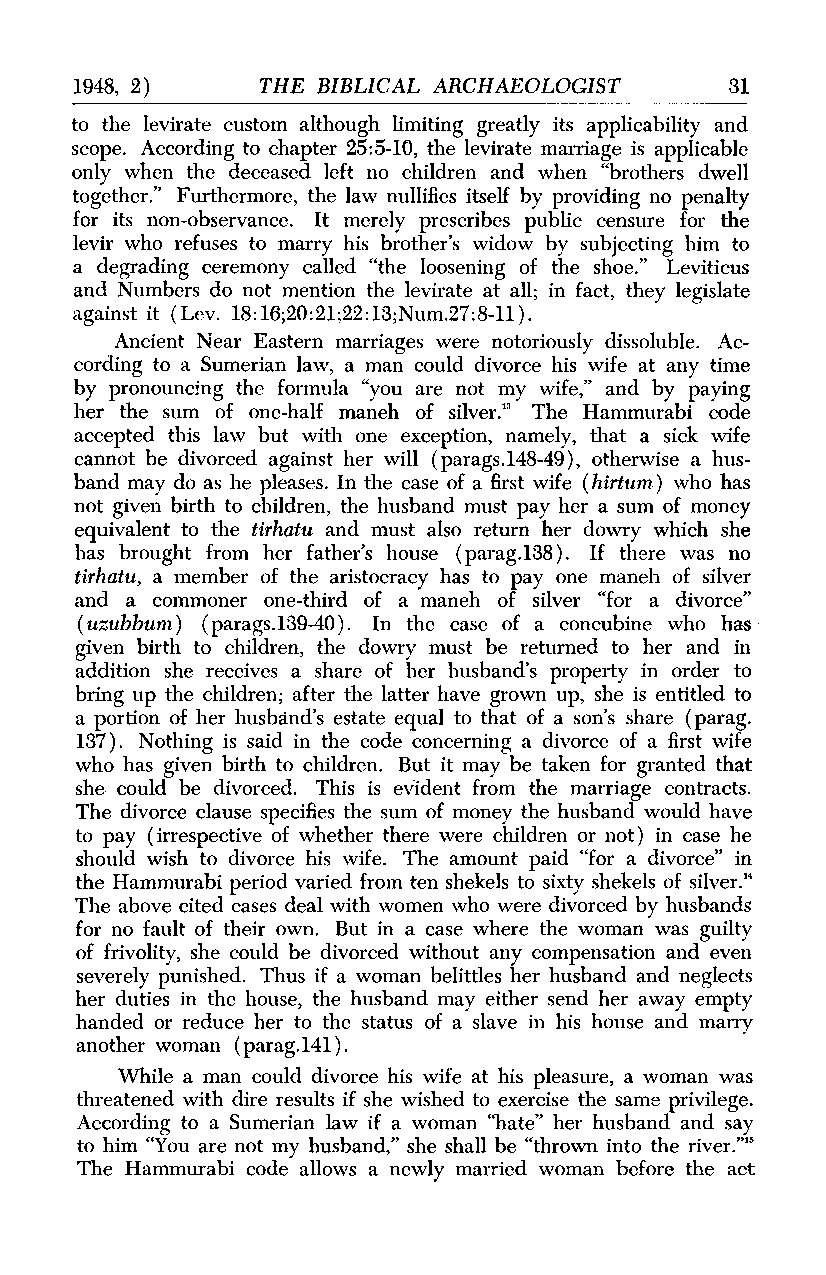
1948, 2)    THE BIBLICAL ARCHAEOLOGIST     31
 to the levirate custom although limiting greatly its applicability and
 scope. According to chapter 25:5-10, the levirate marriage is applicable
 only when the deceased left no children and when "brothers dwell
 together." Furthermore, the law nullifies itself by providing no penalty
 for its non-observance. It merely prescribes public censure for the
 levir who refuses to marry his brother's widow by subjecting him to
 a degrading ceremony called "the loosening of the shoe." Leviticus
 and Numbers do not mention the levirate at all; in fact, they legislate
 against it (Lev. 18:16;20:21;22:13;Num.27:8-11).
 Ancient Near Eastern marriages were notoriously dissoluble. Ac-
 cording to a Sumerian law, a man could divorce his wife at any time
 by pronouncing the formula "you are not my wife," and by paying
 her the sum of one-half maneh of silver.'" The Hammurabi code
 accepted this law but with one exception, namely, that a sick wife
 cannot be divorced against her will (parags.148-49), otherwise a hus-
 band may do as he pleases. In the case of a first wife (hirtum) who has
 not given birth to children, the husband must pay her a sum of money
 equivalent to the tirhatu and must also return her dowry which she
 has brought from her father's house (parag.138). If there was no
 tirhatu, a member of the aristocracy has to pay one maneh of silver
 and a commoner one-third of a maneh of silver "for a divorce"
 (uzubbumn) (parags.139-40). In the case of a concubine who has
 given birth to children, the dowry must be returned to her and in
 addition she receives a share of her husband's property in order to
 bring up the children; after the latter have grown up, she is entitled to
 a portion of her husband's estate equal to that of a son's share (parag.
 137). Nothing is said in the code concerning a divorce of a first wife
 who has given birth to children. But it may be taken for granted that
 she could be divorced. This is evident from the marriage contracts.
 The divorce clause specifies the sum of money the husband would have
 to pay (irrespective of whether there were children or not) in case he
 should wish to divorce his wife. The amount paid "for a divorce" in
 the Hammurabi period varied from ten shekels to sixty shekels of silver."
 The above cited cases deal with women who were divorced by husbands
 for no fault of their own. But in a case where the woman was guilty
 of frivolity, she could be divorced without any compensation and even
 severely punished. Thus if a woman belittles her husband and neglects
 her duties in the house, the husband may either send her away empty
 handed or reduce her to the status of a slave in his house and marry
 another woman (parag.141).
 While a man could divorce his wife at his pleasure, a woman was
 threatened with dire results if she wished to exercise the same privilege.
 According to a Sumerian law if a woman "hate" her husband and say
 to him "You are not my husband," she shall be "thrown into the river.""
 The Hammurabi code allows a newly married woman before the act